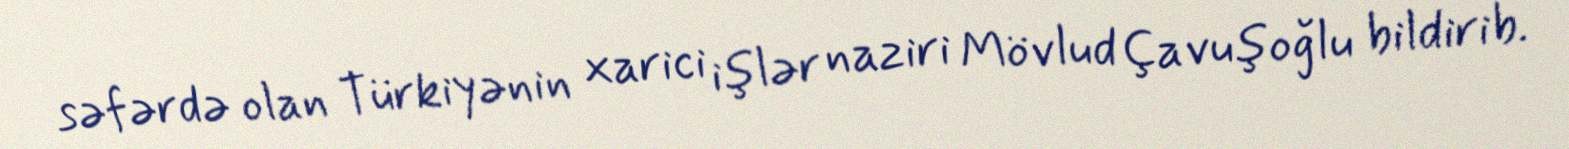
səfərdə olan Türkiyənin xarici işlər naziri Mövlud Çavuşoğlu bildirib.